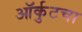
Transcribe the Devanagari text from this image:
ऑर्कुटचा